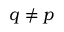
q \neq p